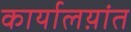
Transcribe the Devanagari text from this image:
कार्यालय़ांत